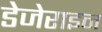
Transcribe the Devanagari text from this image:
डेजेराइन